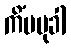
ကိံပမုခါ